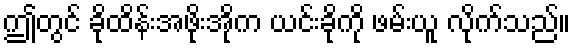
ဤတွင် ခိုထိန်းအဖိုးအိုက ယင်းခိုကို ဖမ်းယူ လိုက်သည်။